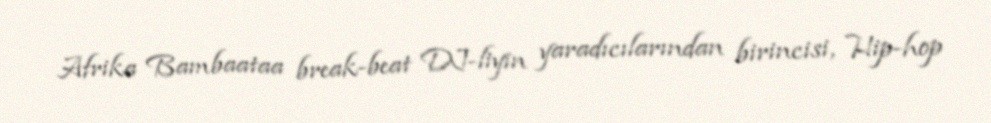
Afrika Bambaataa break-beat DJ-liyin yaradıcılarından birincisi, Hip-hop